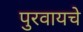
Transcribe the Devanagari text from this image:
पुरवायचे